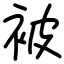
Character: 被